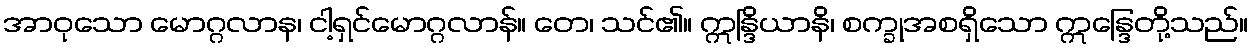
အာဝုသော မောဂ္ဂလာန၊ ငါ့ရှင်မောဂ္ဂလာန်။ တေ၊ သင်၏။ ဣန္ဒြိယာနိ၊ စက္ခုအစရှိသော ဣန္ဒြေတို့သည်။